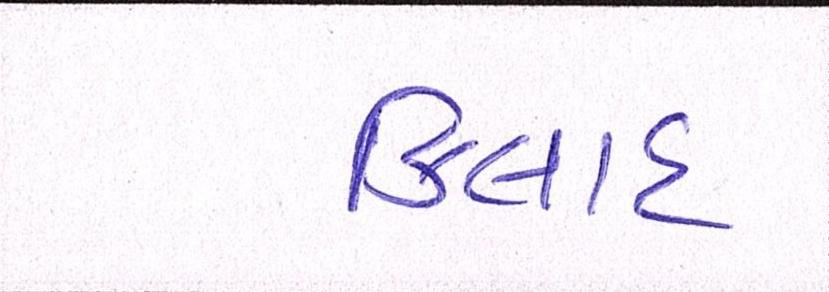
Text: કિલાદ